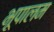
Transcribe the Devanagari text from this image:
भूपालम